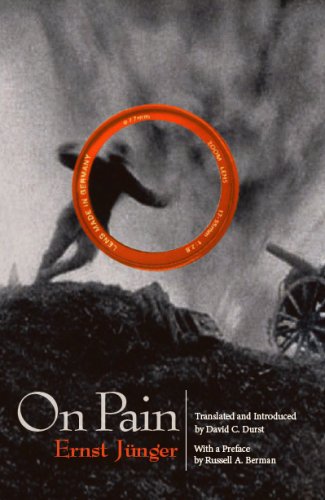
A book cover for On Pain; Ernst JÃ¼nger; Politics & Social Sciences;